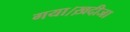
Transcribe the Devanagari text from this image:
गया।ख़दीजा